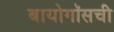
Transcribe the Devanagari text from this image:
बायोगॉसची